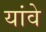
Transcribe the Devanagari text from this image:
यांवे